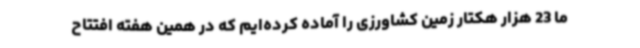
ما 23 هزار هکتار زمین کشاورزی را آماده کرده‌ایم که در همین هفته افتتاح